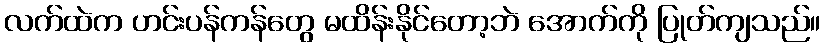
လက်ထဲက ဟင်းပန်ကန်တွေ မထိန်းနိုင်တော့ဘဲ အောက်ကို ပြုတ်ကျသည်။